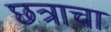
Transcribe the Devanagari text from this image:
छत्राचा